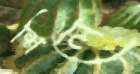
শিলে